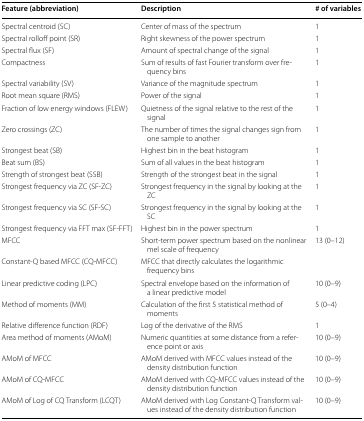
<table><thead><tr><td><b>Feature (abbreviation)</b></td><td><b>Description</b></td><td><b># of variables</b></td></tr></thead><tbody><tr><td>Spectral centroid (SC)</td><td>Center of mass of the spectrum</td><td>1</td></tr><tr><td>Spectral rolloff point (SR)</td><td>Right skewness of the power spectrum</td><td>1</td></tr><tr><td>Spectral flux (SF)</td><td>Amount of spectral change of the signal</td><td>1</td></tr><tr><td>Compactness</td><td>Sum of results of fast Fourier transform over frequency bins</td><td>1</td></tr><tr><td>Spectral variability (SV)</td><td>Variance of the magnitude spectrum</td><td>1</td></tr><tr><td>Root mean square (RMS)</td><td>Power of the signal</td><td>1</td></tr><tr><td>Fraction of low energy windows (FLEW)</td><td>Quietness of the signal relative to the rest of the signal</td><td>1</td></tr><tr><td>Zero crossings (ZC)</td><td>The number of times the signal changes sign from one sample to another</td><td>1</td></tr><tr><td>Strongest beat (SB)</td><td>Highest bin in the beat histogram</td><td>1</td></tr><tr><td>Beat sum (BS)</td><td>Sum of all values in the beat histogram</td><td>1</td></tr><tr><td>Strength of strongest beat (SSB)</td><td>Strength of the strongest beat in the signal</td><td>1</td></tr><tr><td>Strongest frequency via ZC (SF-ZC)</td><td>Strongest frequency in the signal by looking at the ZC</td><td>1</td></tr><tr><td>Strongest frequency via SC (SF-SC)</td><td>Strongest frequency in the signal by looking at the SC</td><td>1</td></tr><tr><td>Strongest frequency via FFT max (SF-FFT)</td><td>Highest bin in the power spectrum</td><td>1</td></tr><tr><td>MFCC</td><td>Short-term power spectrum based on the nonlinear mel scale of frequency</td><td>13 (0–12)</td></tr><tr><td>Constant-Q based MFCC (CQ-MFCC)</td><td>MFCC that directly calculates the logarithmic frequency bins</td><td></td></tr><tr><td>Linear predictive coding (LPC)</td><td>Spectral envelope based on the information of a linear predictive model</td><td>10 (0–9)</td></tr><tr><td>Method of moments (MM)</td><td>Calculation of the first 5 statistical method of moments</td><td>5 (0–4)</td></tr><tr><td>Relative difference function (RDF)</td><td>Log of the derivative of the RMS</td><td>1</td></tr><tr><td>Area method of moments (AMoM)</td><td>Numeric quantities at some distance from a reference point or axis</td><td>10 (0–9)</td></tr><tr><td>AMoM of MFCC</td><td>AMoM derived with MFCC values instead of the density distribution function</td><td>10 (0–9)</td></tr><tr><td>AMoM of CQ-MFCC</td><td>AMoM derived with CQ-MFCC values instead of the density distribution function</td><td>10 (0–9)</td></tr><tr><td>AMoM of Log of CQ Transform (LCQT)</td><td>AMoM derived with Log Constant-Q Transform values instead of the density distribution function</td><td>10 (0–9)</td></tr></tbody></table>